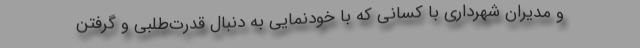
و مدیران شهرداری با کسانی که با خودنمایی به دنبال قدرت‌طلبی و گرفتن